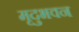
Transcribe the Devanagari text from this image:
मृदुभवन